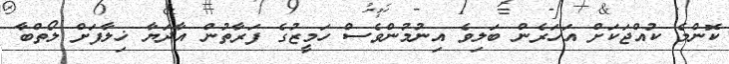
ކޮންމެ ކުއްޖަކަށް އަހަރެން ބަލިވެ އިނުމުންވެސް ހަމީޒުގެ ފަރާތުން އާދަޔާ ޚިލާފަށް ލޯތްބާ